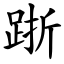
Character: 䟷